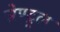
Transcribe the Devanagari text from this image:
सेण्ट्र्ल